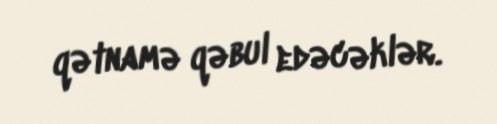
qətnamə qəbul edəcəklər.